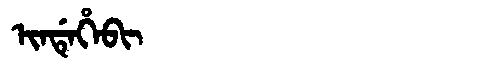
Manchu: ᡳᠨᡩᡝᡥᡝᠪᡳ
Romanization: INDEHEBI